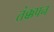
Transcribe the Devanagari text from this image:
तंक्कपन